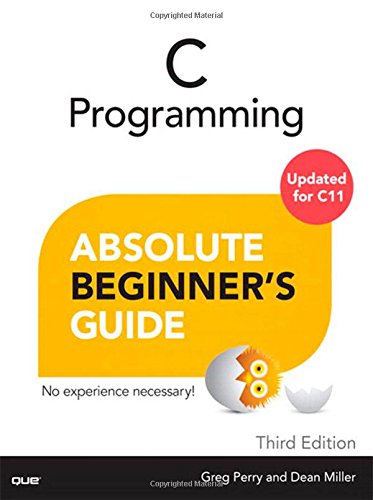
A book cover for C Programming Absolute Beginner's Guide (3rd Edition); Greg Perry; Computers & Technology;